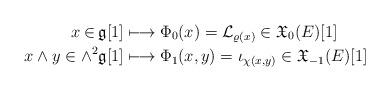
LaTeX: \begin{align*} x\in\, &\mathfrak{g}[1]\longmapsto \Phi_0(x)={\mathcal{L}}_{\varrho(x)}\in\mathfrak{X}_0(E)[1]\\x\wedge y\in\wedge^2&\mathfrak g[1]\longmapsto \Phi_1(x,y)=\iota_{\chi(x,y)}\in\mathfrak{X}_{-1}(E)[1]\end{align*}